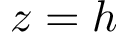
z = h